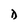
Character: D